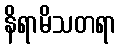
နိရာမိသတရာ